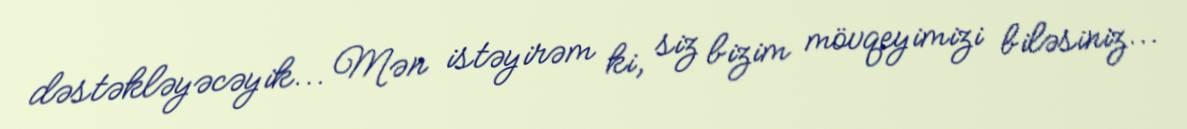
dəstəkləyəcəyik... Mən istəyirəm ki, siz bizim mövqeyimizi biləsiniz...